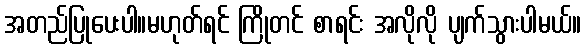
အတည်ပြုပေးပါ။မဟုတ်ရင် ကြိုတင် စာရင်း အလိုလို ပျက်သွားပါမယ်။